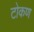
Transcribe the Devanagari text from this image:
टोकण